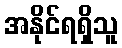
အနိုင်ရရှိသူ